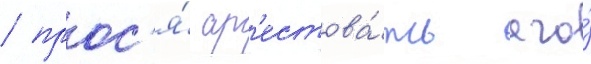
/ прос'я́ ар'естова́ть его́